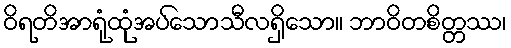
ဝိရတိအာရုံထုံအပ်သောသီလရှိသော။ ဘာဝိတစိတ္တဿ၊